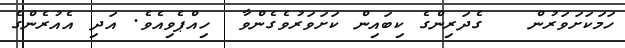
ހަމަކަށަވަރުން   ގެދަރިންގެ ކިބައިން ކަށަވަރުވެގެންވާ  ހިއްޕެވިއެވެ. އަދި އެއުރެންގެ